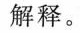
解释。